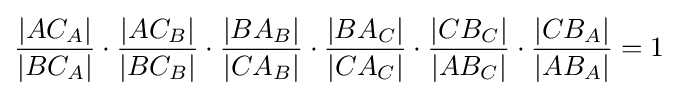
{\frac {|AC_{A}|}{|BC_{A}|}}\cdot {\frac {|AC_{B}|}{|BC_{B}|}}\cdot {\frac {|BA_{B}|}{|CA_{B}|}}\cdot {\frac {|BA_{C}|}{|CA_{C}|}}\cdot {\frac {|CB_{C}|}{|AB_{C}|}}\cdot {\frac {|CB_{A}|}{|AB_{A}|}}=1